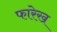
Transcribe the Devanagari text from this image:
फारेख